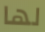
لها